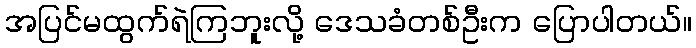
အပြင်မထွက်ရဲကြဘူးလို့ ဒေသခံတစ်ဦးက ပြောပါတယ်။